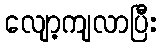
လျော့ကျလာပြီး